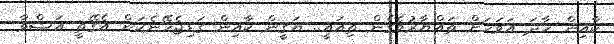
ކާއިން ހާދަ އަވަހަށް ތައްޔާރުވެގެން ތިއައީ.. ޔަގީން ކާއިން ގަޑިޖެހޭނެކަން އެގޭތީ އަޝްވާ